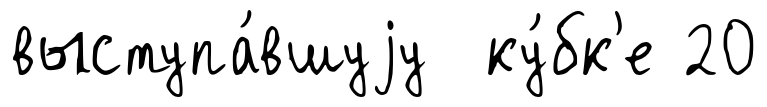
выступа́вшуjу ку́бк'е 20